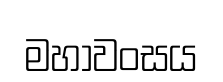
මහාවංසය